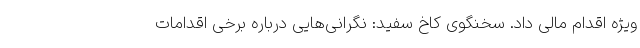
ویژه اقدام مالی داد. سخنگوی کاخ سفید: نگرانی‌هایی درباره برخی اقدامات